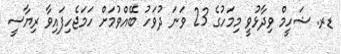
ޑރ. ޝަހީމް ވިދާޅުވީ މިމަހުގެ 23 ވަނަ ދުވަހު ބޭއްވުމަށް ހަމަޖެހިފައިވާ ރިޔާސީ